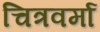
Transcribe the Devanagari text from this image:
चित्रवर्मा